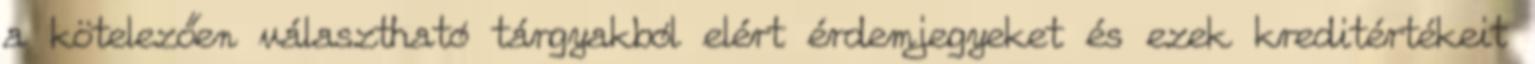
a kötelezően választható tárgyakból elért érdemjegyeket és ezek kreditértékeit